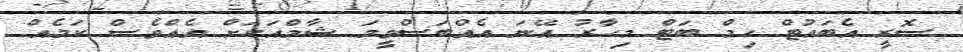
ސޮރީ އެބައުޓް ހިމް ބަޓް މިހާރު އޭނަ އެއްބަސްވީމަ ޝާމްއަކަށް އެއްވެސް ކަމެއް